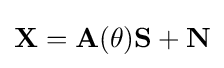
\mathbf {X} =\mathbf {A} (\theta )\mathbf {S} +\mathbf {N}